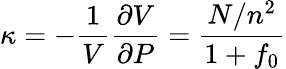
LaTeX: \kappa=-{\frac{1}{V}}{\frac{\partial V}{\partial P}}={\frac{N/n^{2}}{1+f_{0}}}